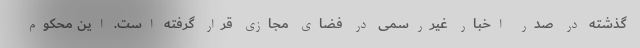
گذشته در صدر اخبار غیررسمی در فضای مجازی قرار گرفته است. این محکوم